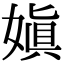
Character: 嫃